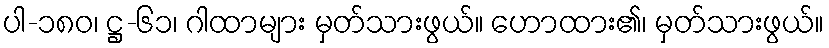
ပါ-၁၈၀၊ ဋ္ဌ-၆၁၊ ဂါထာများ မှတ်သားဖွယ်။ ဟောထား၏၊ မှတ်သားဖွယ်။